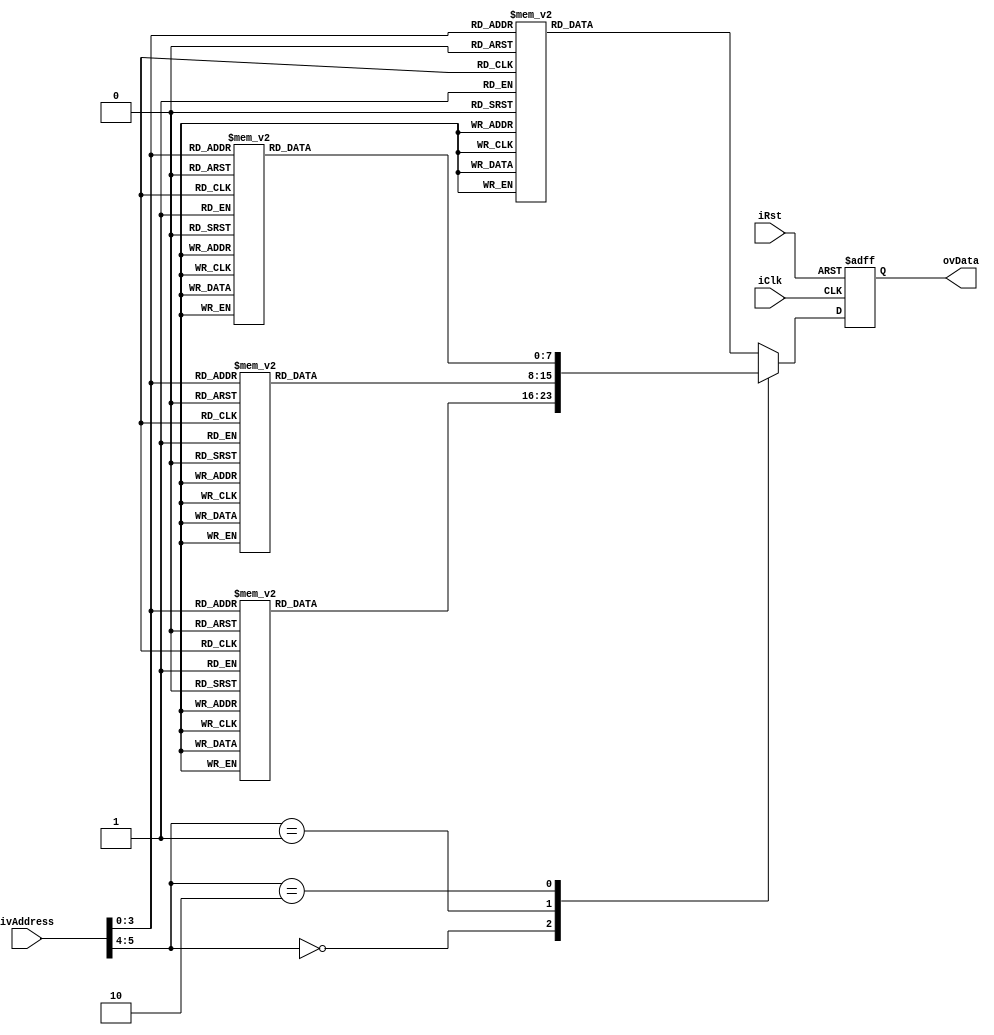
`timescale 1ns / 1ps
//////////////////////////////////////////////////////////////////////////////////
// Company: 
// Engineer: 
// 
// Design Name: 
// Module Name:    ConstMem 
// Project Name: 
// Target Devices: 
// Tool versions: 
// Description: 
//
// Dependencies: 
//
// Revision: 
// Revision 0.01 - File Created
// Additional Comments: 
//
//////////////////////////////////////////////////////////////////////////////////
module ConstMem
(
    input           iClk,
    input           iRst,
    input   [5:0]   ivAddress,
    output  [7:0]   ovData
);
//                      
localparam LINE00   =   "Arturo Sacramento";
localparam LINE01   =   " Lopez Gonzalez  ";
localparam LINE02   =   "  PEV PEVH VHG  ";
localparam LINE03   =   "    -  UAG  -   ";

reg [7:0]   rvData_d;
reg [7:0]   rvData_q;

assign  ovData  =   rvData_q;

always @(posedge iClk or posedge iRst)
begin
    if(iRst)
    begin
        rvData_q    <=  8'b0;
    end
    else
    begin
        rvData_q    <=  rvData_d;
    end
end

always @*
begin
    case(ivAddress[5:4])
        2'b00:
        begin
            case(ivAddress[3:0])
                4'd15:      rvData_d    =   LINE00[7:0];
                4'd14:      rvData_d    =   LINE00[15:8];
                4'd13:      rvData_d    =   LINE00[23:16];
                4'd12:      rvData_d    =   LINE00[31:24];
                4'd11:      rvData_d    =   LINE00[39:32];
                4'd10:      rvData_d    =   LINE00[47:40];
                4'd9:       rvData_d    =   LINE00[55:48];
                4'd8:       rvData_d    =   LINE00[63:56];
                4'd7:       rvData_d    =   LINE00[71:64];
                4'd6:       rvData_d    =   LINE00[79:72];
                4'd5:       rvData_d    =   LINE00[87:80];
                4'd4:       rvData_d    =   LINE00[95:88];        
                4'd3:       rvData_d    =   LINE00[103:96];
                4'd2:       rvData_d    =   LINE00[111:104];        
                4'd1:       rvData_d    =   LINE00[119:112];        
                default:    rvData_d    =   LINE00[127:120];
            endcase
        end
        2'b01:
        begin
            case(ivAddress[3:0])
                4'd15:      rvData_d    =   LINE01[7:0];
                4'd14:      rvData_d    =   LINE01[15:8];
                4'd13:      rvData_d    =   LINE01[23:16];
                4'd12:      rvData_d    =   LINE01[31:24];
                4'd11:      rvData_d    =   LINE01[39:32];
                4'd10:      rvData_d    =   LINE01[47:40];
                4'd9:       rvData_d    =   LINE01[55:48];
                4'd8:       rvData_d    =   LINE01[63:56];
                4'd7:       rvData_d    =   LINE01[71:64];
                4'd6:       rvData_d    =   LINE01[79:72];
                4'd5:       rvData_d    =   LINE01[87:80];
                4'd4:       rvData_d    =   LINE01[95:88];        
                4'd3:       rvData_d    =   LINE01[103:96];
                4'd2:       rvData_d    =   LINE01[111:104];        
                4'd1:       rvData_d    =   LINE01[119:112];        
                default:    rvData_d    =   LINE01[127:120];
            endcase
        end
        2'b10:
        begin
            case(ivAddress[3:0])
                4'd15:      rvData_d    =   LINE02[7:0];
                4'd14:      rvData_d    =   LINE02[15:8];
                4'd13:      rvData_d    =   LINE02[23:16];
                4'd12:      rvData_d    =   LINE02[31:24];
                4'd11:      rvData_d    =   LINE02[39:32];
                4'd10:      rvData_d    =   LINE02[47:40];
                4'd9:       rvData_d    =   LINE02[55:48];
                4'd8:       rvData_d    =   LINE02[63:56];
                4'd7:       rvData_d    =   LINE02[71:64];
                4'd6:       rvData_d    =   LINE02[79:72];
                4'd5:       rvData_d    =   LINE02[87:80];
                4'd4:       rvData_d    =   LINE02[95:88];        
                4'd3:       rvData_d    =   LINE02[103:96];
                4'd2:       rvData_d    =   LINE02[111:104];        
                4'd1:       rvData_d    =   LINE02[119:112];        
                default:    rvData_d    =   LINE02[127:120];
            endcase
        end
        default:
        begin
            case(ivAddress[3:0])
                4'd15:      rvData_d    =   LINE03[7:0];
                4'd14:      rvData_d    =   LINE03[15:8];
                4'd13:      rvData_d    =   LINE03[23:16];
                4'd12:      rvData_d    =   LINE03[31:24];
                4'd11:      rvData_d    =   LINE03[39:32];
                4'd10:      rvData_d    =   LINE03[47:40];
                4'd9:       rvData_d    =   LINE03[55:48];
                4'd8:       rvData_d    =   LINE03[63:56];
                4'd7:       rvData_d    =   LINE03[71:64];
                4'd6:       rvData_d    =   LINE03[79:72];
                4'd5:       rvData_d    =   LINE03[87:80];
                4'd4:       rvData_d    =   LINE03[95:88];        
                4'd3:       rvData_d    =   LINE03[103:96];
                4'd2:       rvData_d    =   LINE03[111:104];        
                4'd1:       rvData_d    =   LINE03[119:112];        
                default:    rvData_d    =   LINE03[127:120];
            endcase
        end
        
    endcase
    
end

endmodule